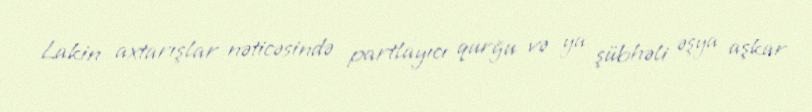
Lakin axtarışlar nəticəsində partlayıcı qurğu və ya şübhəli əşya aşkar